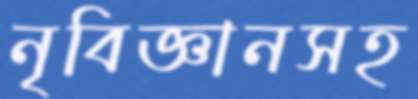
নৃবিজ্ঞানসহ